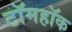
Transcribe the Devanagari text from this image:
टॉमहॉक